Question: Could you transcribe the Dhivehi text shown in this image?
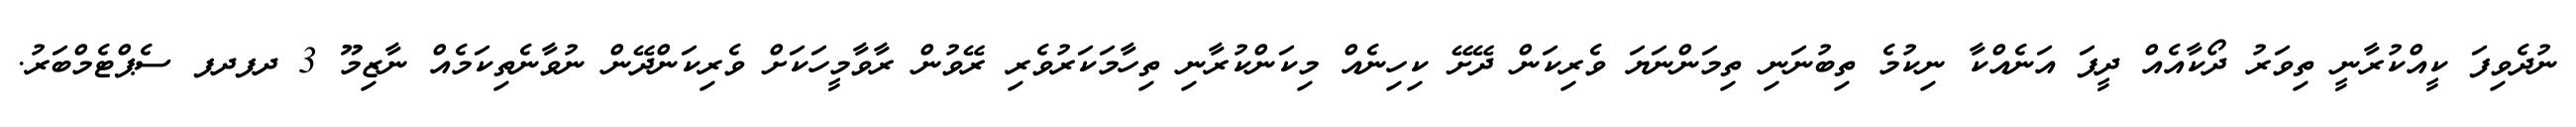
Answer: ނުދެވިފަ ކީއްކުރާނީ ތިވަރު ދޯކާއެއް ދީފަ އަނެއްކާ ނިކުމެ ތިބުނަނި ތިމަންނަޔަ ވެރިކަން ދޭށޭ ކިހިނެއް މިކަންކުރާނި ތިހާމަކަރުވެރި ރޭވުން ރާވާމީހަކަށް ވެރިކަންދޭން ނުވާނެތިކަމެއް ނާޒިމޫ 3 ދފދފ ސެޕްޓެމްބަރު.